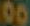
00